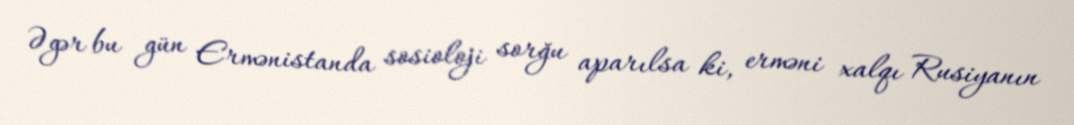
Əgər bu gün Ermənistanda sosioloji sorğu aparılsa ki, erməni xalqı Rusiyanın